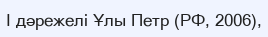
I дәрежелі Ұлы Петр (РФ, 2006),